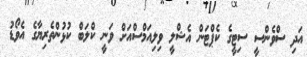
އަދި ސްވެންސީ ސިޓީގެ ކެޕްޓަން އެޝްލީ ވިލިއަމްސްއަށް ވަނީ ކްލަބް ކުޅުންތެރިޔާގެ އެވޯޑު